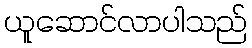
ယူဆောင်လာပါသည်